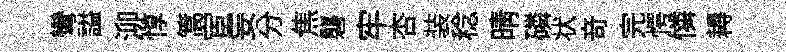
彎謚泖惇篙宦妄分焦礱牢杏装稔晴磷状竒完愕憐耨